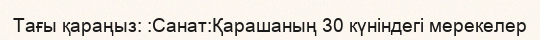
Тағы қараңыз: :Санат:Қарашаның 30 күніндегі мерекелер